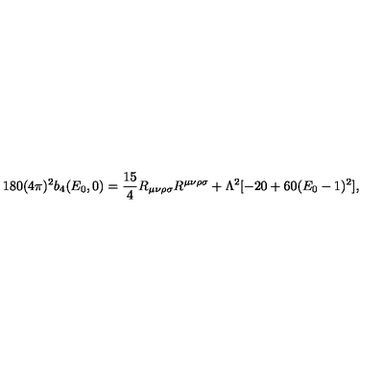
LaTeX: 1 8 0 ( 4 \pi ) ^ { 2 } b _ { 4 } ( E _ { 0 } , 0 ) = \frac { 1 5 } { 4 } R _ { \mu \nu \rho \sigma } R ^ { \mu \nu \rho \sigma } + \Lambda ^ { 2 } [ - 2 0 + 6 0 ( E _ { 0 } - 1 ) ^ { 2 } ] ,